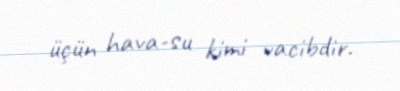
üçün hava-su kimi vacibdir.